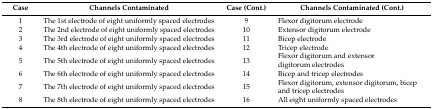
| Case | Channels Contaminated | Case (Cont.) | Channels Contaminated (Cont.) |
 | --- | --- | --- | --- |
 | 1 | The 1st electrode of eight uniformly spaced electrodes | 9 | Flexor digitorum electrode |
 | 2 | The 2nd electrode of eight uniformly spaced electrodes | 10 | Extensor digitorum electrode |
 | 3 | The 3rd electrode of eight uniformly spaced electrodes | 11 | Bicep electrode |
 | 4 | The 4th electrode of eight uniformly spaced electrodes | 12 | Tricep electrode |
 | 5 | The 5th electrode of eight uniformly spaced electrodes | 13 | Flexor digitorum and extensor digitorum electrodes |
 | 6 | The 6th electrode of eight uniformly spaced electrodes | 14 | Bicep and tricep electrodes |
 | 7 | The 7th electrode of eight uniformly spaced electrodes | 15 | Flexor digitorum, extensor digitorum, bicep and tricep electrodes |
 | 8 | The 8th electrode of eight uniformly spaced electrodes | 16 | All eight uniformly spaced electrodes |